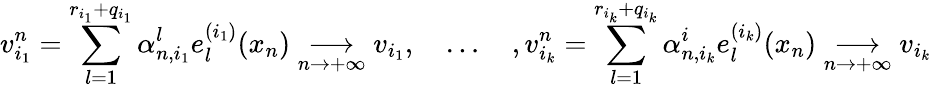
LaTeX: v_{i_{1}}^{n}=\displaystyle{\sum_{l=1}^{r_{i_{1}}+q_{i_{1}}}\alpha_{n,i_{1}}^{l}e_{l}^{(i_{1})}(x_{n})}\underset{n\to+\infty}{\longrightarrow}v_{i_{1}},\quad\ldots\quad,v_{i_{k}}^{n}=\displaystyle{\sum_{l=1}^{r_{i_{k}}+q_{i_{k}}}\alpha_{n,i_{k}}^{i}e_{l}^{(i_{k})}(x_{n})}\underset{n\to+\infty}{\longrightarrow}v_{i_{k}}